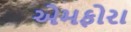
એમફોરા